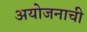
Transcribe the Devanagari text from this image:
अयोजनाची